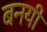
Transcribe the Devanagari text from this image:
बनयी